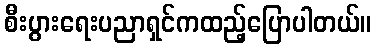
စီးပွားရေးပညာရှင်ကထည့်ပြောပါတယ်။